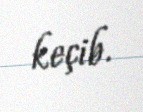
keçib.